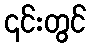
၎င်းတွင်